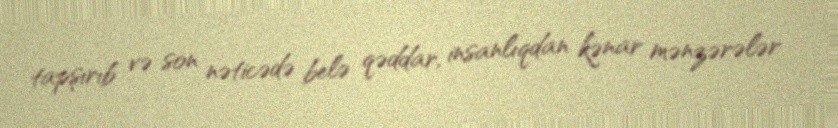
tapşırıb və son nəticədə belə qəddar, insanlıqdan kənar mənzərələr